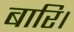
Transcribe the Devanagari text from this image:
बारि।